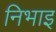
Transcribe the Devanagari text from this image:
निभाइ